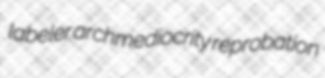
labeler archmediocrity reprobation